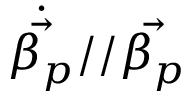
\dot { \vec { \beta _ { p } } } / / \vec { \beta _ { p } }